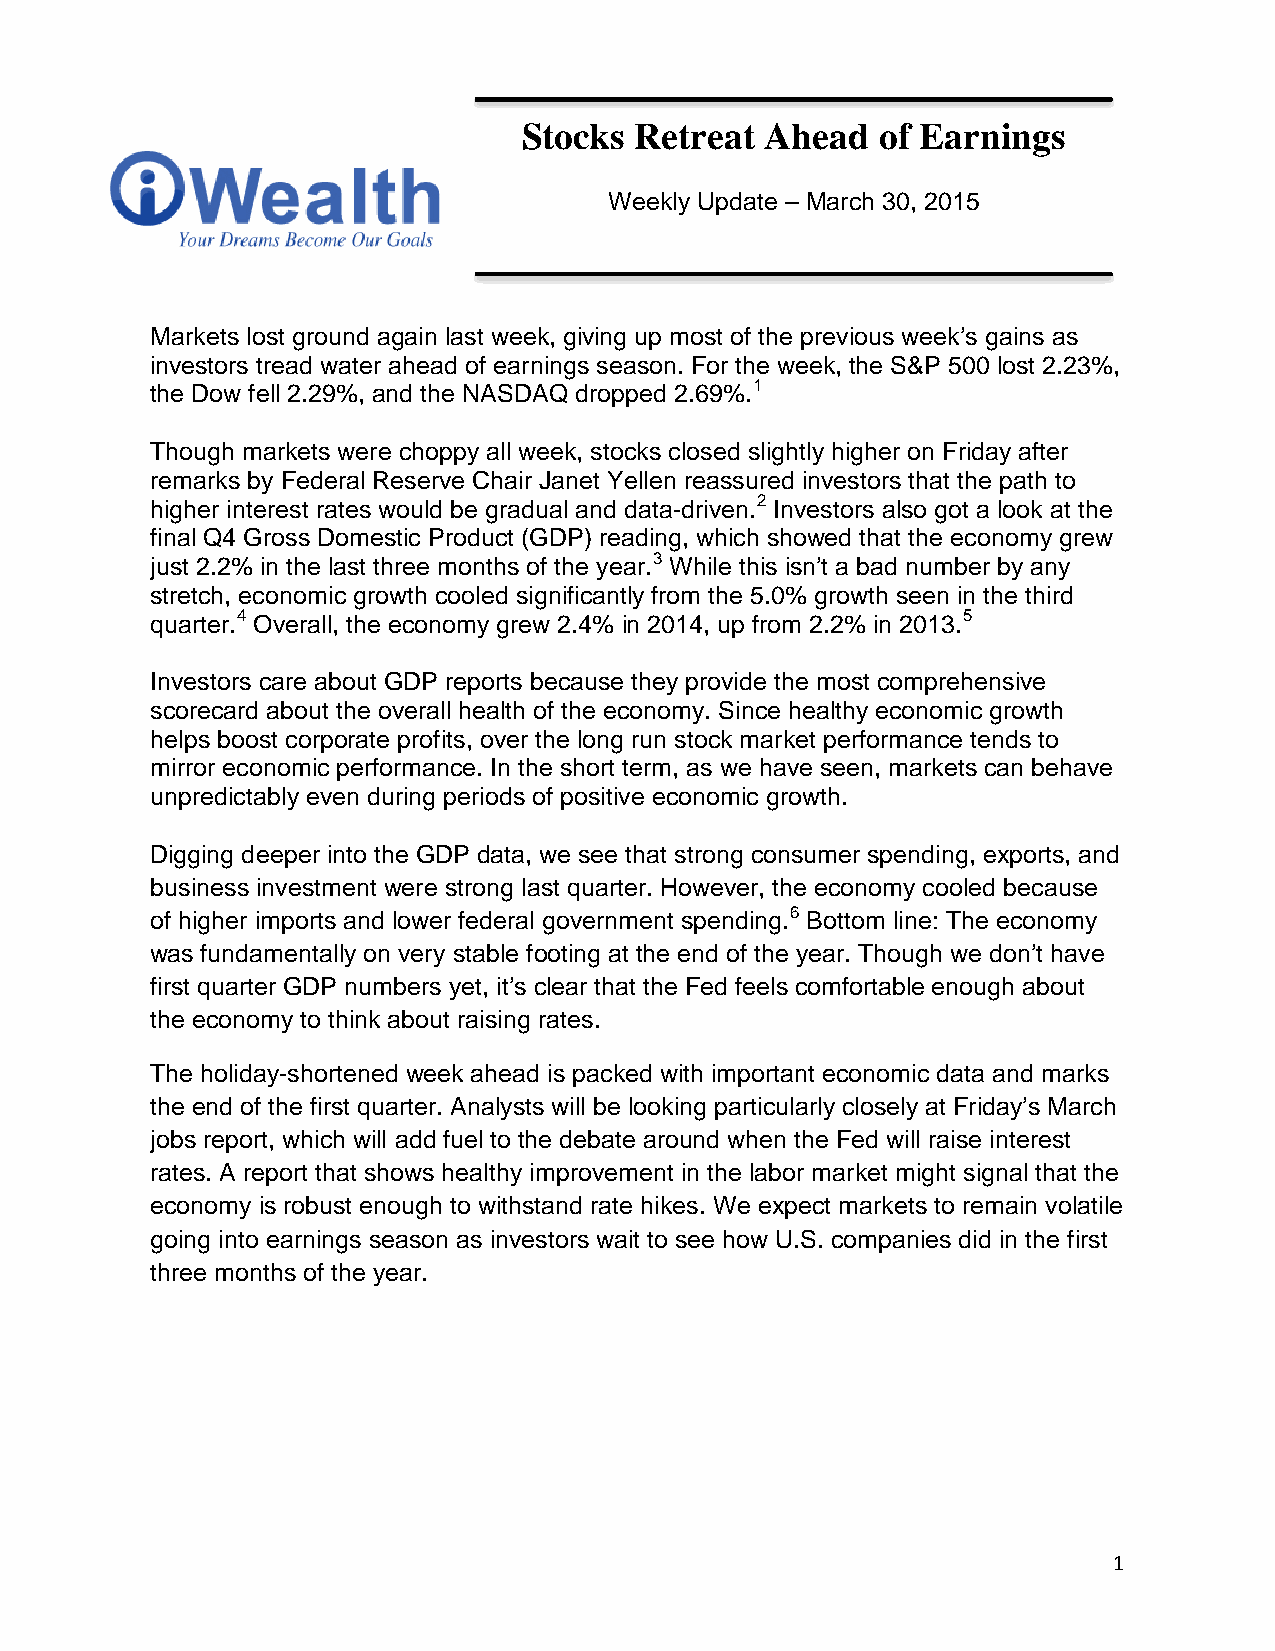
Stocks Retreat  Ahead  of Earnings
 Weekly Update – March 30, 2015
 Markets lost ground again last week, giving up most of the previous week’s gains as
 investors tread water ahead of earnings season. For the week, the S&P 500 lost 2.23%,
 the Dow fell 2.29%, and the NASDAQ dropped 2.69%.1
 Though markets were choppy all week, stocks closed slightly higher on Friday after
 remarks by Federal Reserve Chair Janet Yellen reassured investors that the path to
 higher interest rates would be gradual and data-driven.2 Investors also got a look at the
 final Q4 Gross Domestic Product (GDP) reading, which showed that the economy grew
 just 2.2% in the last three months of the year.3 While this isn’t a bad number by any
 stretch, economic growth cooled significantly from the 5.0% growth seen in the third
 quarter.4 Overall, the economy grew 2.4% in 2014, up from 2.2% in 2013.5
 Investors care about GDP reports because they provide the most comprehensive
 scorecard about the overall health of the economy. Since healthy economic growth
 helps boost corporate profits, over the long run stock market performance tends to
 mirror economic performance. In the short term, as we have seen, markets can behave
 unpredictably even during periods of positive economic growth.
 Digging deeper into the GDP data, we see that strong consumer spending, exports, and
 business investment were strong last quarter. However, the economy cooled because
 of higher imports and lower federal government spending.6 Bottom line: The economy
 was fundamentally on very stable footing at the end of the year. Though we don’t have
 first quarter GDP numbers yet, it’s clear that the Fed feels comfortable enough about
 the economy to think about raising rates.
 The holiday-shortened week ahead is packed with important economic data and marks
 the end of the first quarter. Analysts will be looking particularly closely at Friday’s March
 jobs report, which will add fuel to the debate around when the Fed will raise interest
 rates. A report that shows healthy improvement in the labor market might signal that the
 economy is robust enough to withstand rate hikes. We expect markets to remain volatile
 going into earnings season as investors wait to see how U.S. companies did in the first
 three months of the year.
 1